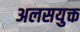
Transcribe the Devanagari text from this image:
अलसयुक्त